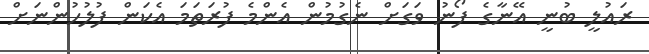
ރައުލީ ބުނީ އޭނާގެ ފޯނު ވަގަށް ނެގުމުން އެންމެ ފުރަތަމަ އެކަން ފުލުހުންނަށް